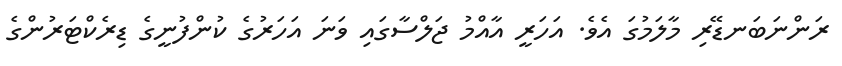
ރަންނަބަނޑޭރި މާލަމުގަ އެވެ. އަހަރީ އާއްމު ޖަލްސާގައި ވަނަ އަހަރުގެ ކުންފުނީގެ ޑިރެކްޓަރުންގެ